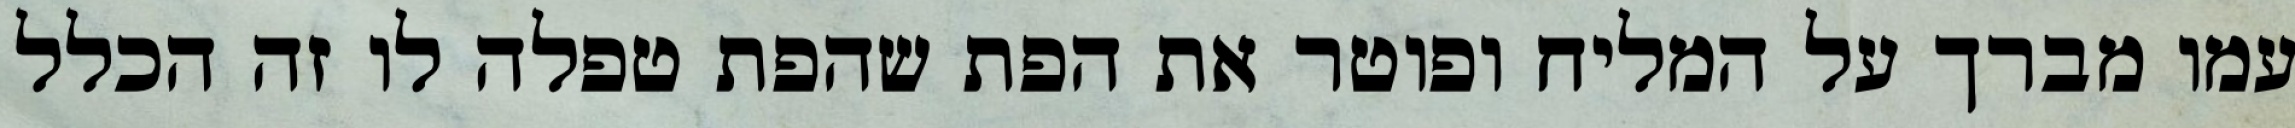
עמו מברך על המליח ופוטר את הפת שהפת טפלה לו זה הכלל